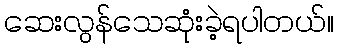
ဆေးလွန်သေဆုံးခဲ့ရပါတယ်။